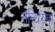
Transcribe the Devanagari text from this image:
सन्धिरेखा